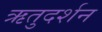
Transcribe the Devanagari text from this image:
ऋतुदर्शन